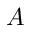
A